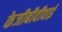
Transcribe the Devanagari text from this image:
केजीबीवीवाई